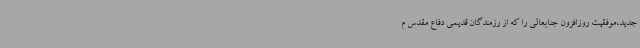
جدید،موفقیت روزافزون جنابعالی را که از رزمندگان قدیمی دفاع مقدس م